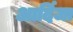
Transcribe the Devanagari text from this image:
आर्दिजा